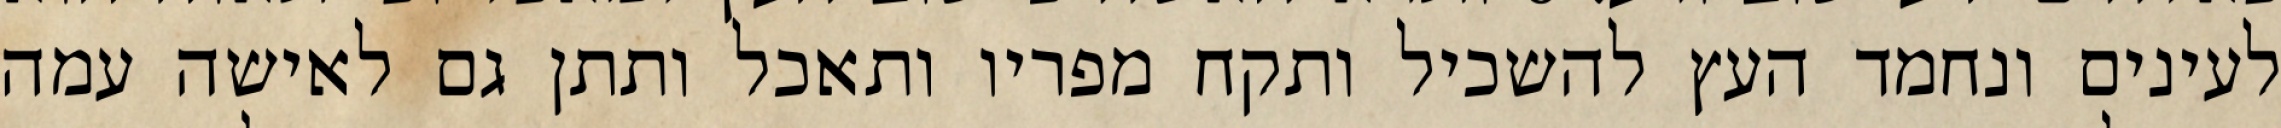
לעינים ונחמד העץ להשכיל ותקח מפריו ותאכל ותתן גם לאישה עמה